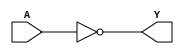
//dataflow
module not_gate(output Y,input A);
assign Y=~A;
endmodule